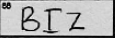
Transcription: BIZ